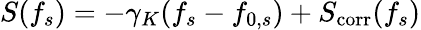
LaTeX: S(f_{s})=-\gamma_{K}(f_{s}-f_{0,s})+S_{\mathrm{corr}}(f_{s})